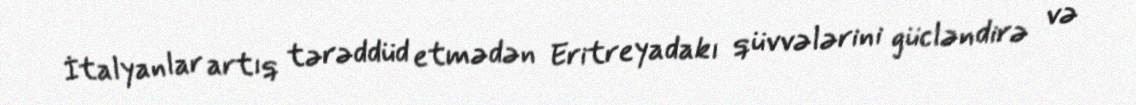
İtalyanlar artıq tərəddüd etmədən Eritreyadakı qüvvələrini gücləndirə və